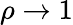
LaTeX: \rho\to 1